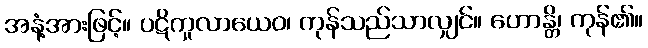
အနံ့အားဖြင့်။ ပဋိကူလာယေဝ၊ ကုန်သည်သာလျှင်။ ဟောန္တိ၊ ကုန်၏။